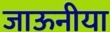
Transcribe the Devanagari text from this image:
जाऊनीया